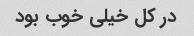
در کل خیلی خوب بود